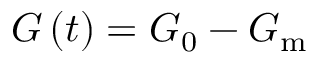
G \left( t \right) = G _ { 0 } - G _ { \mathrm { m } }